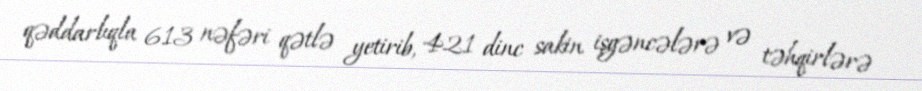
qəddarlıqla 613 nəfəri qətlə yetirib, 421 dinc sakin işgəncələrə və təhqirlərə